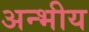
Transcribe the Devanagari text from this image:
अन्भीय